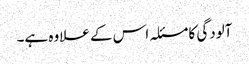
آلودگی کا مسئلہ اس کے علاوہ ہے۔